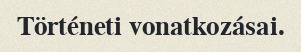
Történeti vonatkozásai.